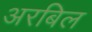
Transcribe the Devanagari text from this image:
अरबिल